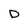
Character: D